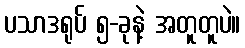
ပသာဒရုပ် ၅-ခုနဲ့ အတူတူပဲ။